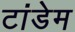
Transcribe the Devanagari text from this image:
टांडेम